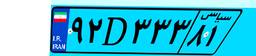
۸۵D۴۶۸۲۴